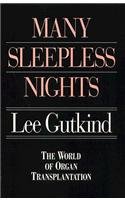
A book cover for Many Sleepless Nights: The World of Organ Transplantation; Lee Gutkind; Medical Books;